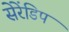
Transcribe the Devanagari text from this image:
सेरेंडिप